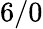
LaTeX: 6/0